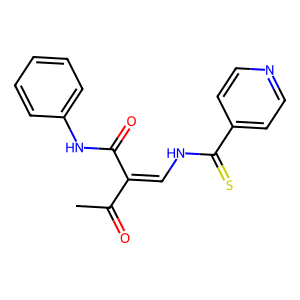
SMILES: CC(=O)C(=CNC(=S)c1ccncc1)C(=O)Nc1ccccc1
Inhibits HIV replication: No